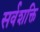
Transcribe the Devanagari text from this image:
सर्वशक्ति